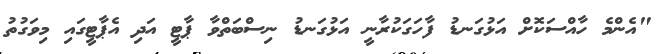
"އެންމެ ހާއްސަކޮށް އަޅުގަނޑު ފާހަގަކުރާނީ އަޅުގަނޑު ނިސްބަތްވާ ޕާޓީ އަދި އެޕާޓީގައި މިވަގުތު